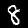
Digit: 8